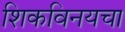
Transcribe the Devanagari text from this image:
शिकविनयचा